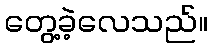
တွေ့ခဲ့လေသည်။